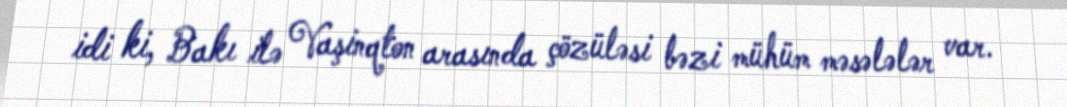
idi ki, Bakı ilə Vaşinqton arasında çözüləsi bəzi mühüm məsələlər var.